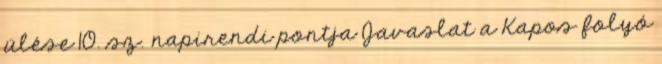
ülése 10. sz. napirendi pontja Javaslat a Kapos folyó